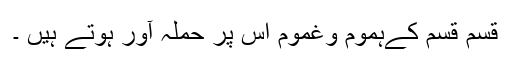
قسم قسم کےہموم وغموم اس پر حملہ آور ہوتے ہیں ۔